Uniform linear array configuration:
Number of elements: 12
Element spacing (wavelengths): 1
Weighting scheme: exponential
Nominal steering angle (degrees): -15
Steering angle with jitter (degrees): -13.306
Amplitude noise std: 0.05
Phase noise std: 0.05

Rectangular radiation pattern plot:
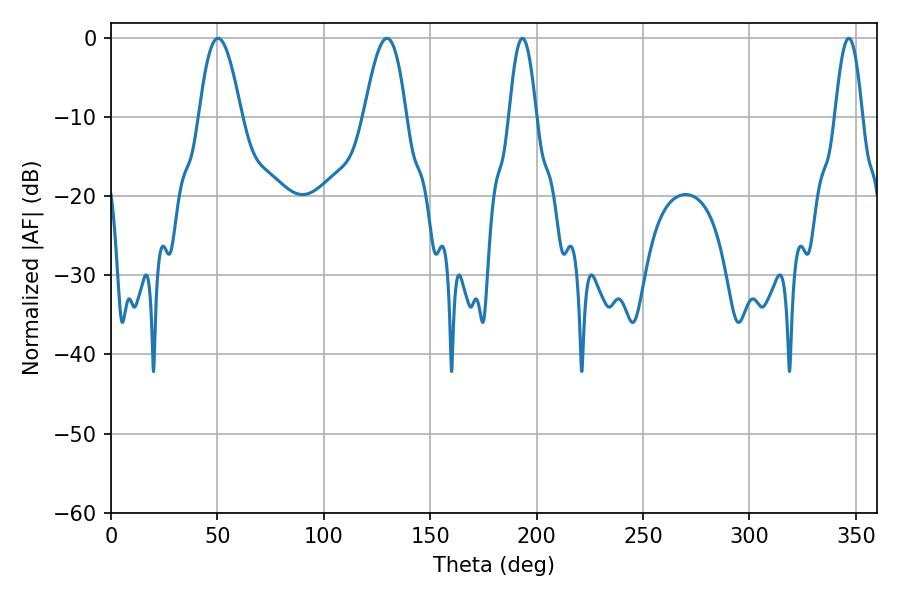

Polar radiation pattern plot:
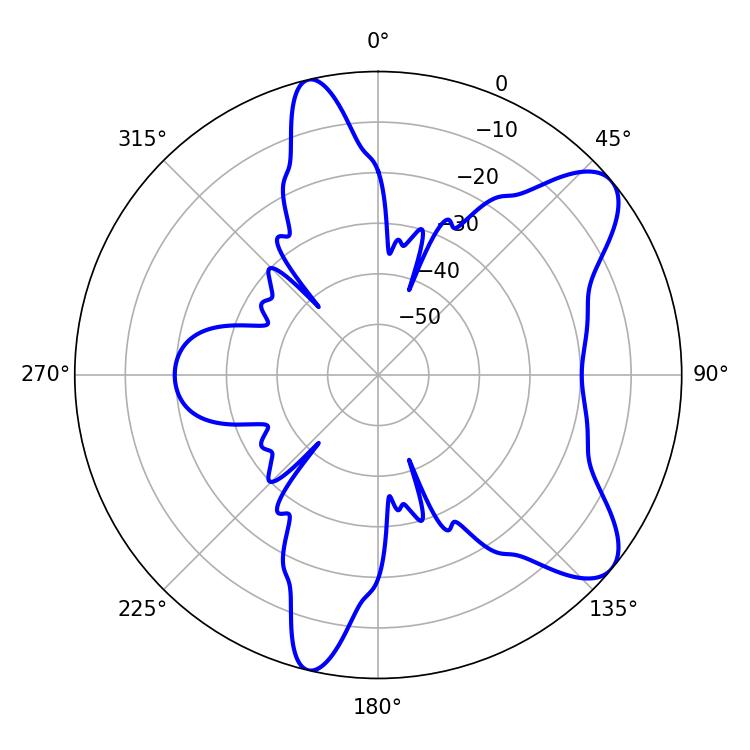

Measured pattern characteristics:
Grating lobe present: TRUE
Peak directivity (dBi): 8.69
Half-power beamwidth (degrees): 6.84
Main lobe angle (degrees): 193.32